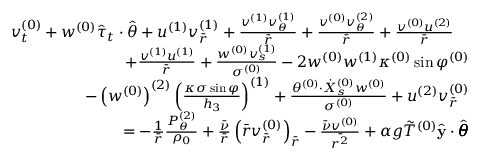
\begin{array} { r } { v _ { t } ^ { ( 0 ) } + w ^ { ( 0 ) } \hat { \tau } _ { t } \cdot \hat { \theta } + u ^ { ( 1 ) } v _ { \bar { r } } ^ { ( 1 ) } + \frac { v ^ { ( 1 ) } v _ { \theta } ^ { ( 1 ) } } { \bar { r } } + \frac { v ^ { ( 0 ) } v _ { \theta } ^ { ( 2 ) } } { \bar { r } } + \frac { v ^ { ( 0 ) } u ^ { ( 2 ) } } { \bar { r } } \quad } \\ { + \frac { v ^ { ( 1 ) } u ^ { ( 1 ) } } { \bar { r } } + \frac { w ^ { ( 0 ) } v _ { s } ^ { ( 1 ) } } { \sigma ^ { ( 0 ) } } - 2 w ^ { ( 0 ) } w ^ { ( 1 ) } \kappa ^ { ( 0 ) } \sin \varphi ^ { ( 0 ) } } \\ { - \left( w ^ { ( 0 ) } \right) ^ { ( 2 ) } \left( \frac { \kappa \sigma \sin \varphi } { h _ { 3 } } \right) ^ { ( 1 ) } + \frac { \theta ^ { ( 0 ) } \cdot \dot { X } _ { s } ^ { ( 0 ) } w ^ { ( 0 ) } } { \sigma ^ { ( 0 ) } } + u ^ { ( 2 ) } v _ { \bar { r } } ^ { ( 0 ) } } \\ { = - \frac { 1 } { \bar { r } } \frac { P _ { \theta } ^ { ( 2 ) } } { \rho _ { 0 } } + \frac { \bar { \nu } } { \bar { r } } \left( \bar { r } v _ { \bar { r } } ^ { ( 0 ) } \right) _ { \bar { r } } - \frac { \bar { \nu } v ^ { ( 0 ) } } { \bar { r ^ { 2 } } } + \alpha g \Tilde { T } ^ { ( 0 ) } \hat { \mathbf { y } } \cdot \hat { \pmb { \theta } } } \end{array}